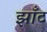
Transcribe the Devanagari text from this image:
झाँट